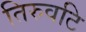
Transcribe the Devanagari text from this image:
तिरुवटि